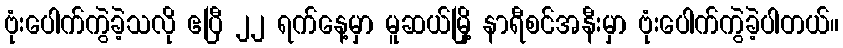
ဗုံးပေါက်ကွဲခဲ့သလို ဧပြီ ၂၂ ရက်နေ့မှာ မူဆယ်မြို့ နာရီစင်အနီးမှာ ဗုံးပေါက်ကွဲခဲ့ပါတယ်။